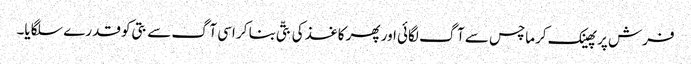
فرش پر پھینک کرماچس سے آگ لگائی اور پھر کاغذ کی بتّی بنا کر اسی آگ سے بتی کو قدرے سلگایا۔